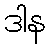
ဒါန